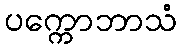
ပက္ကောဘာသံ